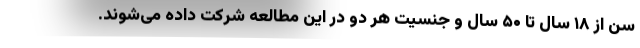
سن از ۱۸ سال تا ۵۰ سال و جنسیت هر دو در این مطالعه شرکت داده می‌شوند.